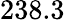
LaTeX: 238.3